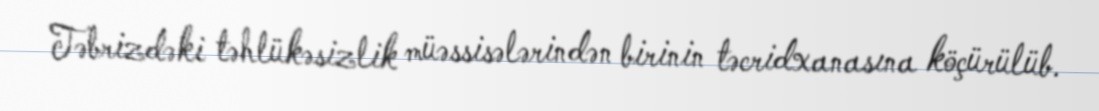
Təbrizdəki təhlükəsizlik müəssisələrindən birinin təcridxanasına köçürülüb.